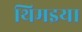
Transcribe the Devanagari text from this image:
थिमइया